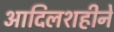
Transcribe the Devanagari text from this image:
आदिलशहीने